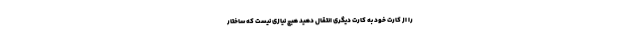
را از کارت خود به کارت دیگری انتقال دهید هیچ نیازی نیست که ساختار